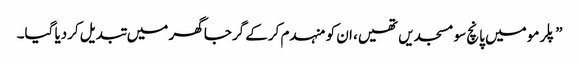
”پلرمو میں پانچ سو مسجدیں تھیں، ان کو منہدم کرکے گرجا گھر میں تبدیل کردیا گیا۔